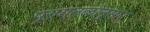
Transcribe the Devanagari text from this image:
पूरपातळीनुसार